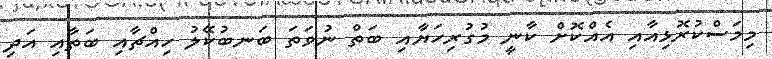
މިމަސްކުރޮޅިއާއި އެއްކޮށް ކާނީ މުގުރިހަޔާއި ބަތް ނުވަތަ ބަނބުކޭލު ހިއްޗާއި ބަތާއި އަދި